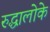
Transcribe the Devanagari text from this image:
रुद्धालोके